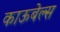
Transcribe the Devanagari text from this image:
काऊबेल्स